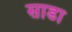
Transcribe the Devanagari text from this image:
साडा